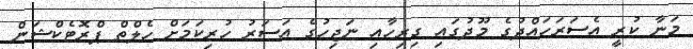
މަނާ ކުރީ އެސަރަހައްދުގެ މޫދުގައި ގިރިހާއި ނަޖިހުގެ އަސަރު ހުރިކަމަށް ހެލްތް ޕްރޮޓެކްޝަން